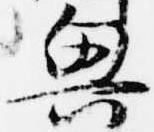
興